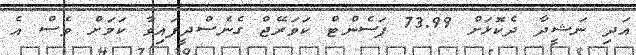
އަދި ނަޝީދާ ދެކޮޅަށް 73.99 ޕަސެންޓް ކަވަރޭޖް ގެނެސްދީފައިވާ ކަމަށް ވެސް އެ